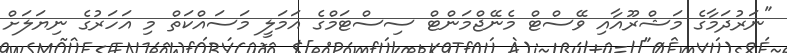
"ނަރުދަމާގެ މަޝްރޫއާއި ވޭސްޓް މެނޭޖްމަންޓް ސިސްޓަމްގެ އަމަލީ މަސައްކަތް މި އަހަރުގެ ނިޔަލަށް